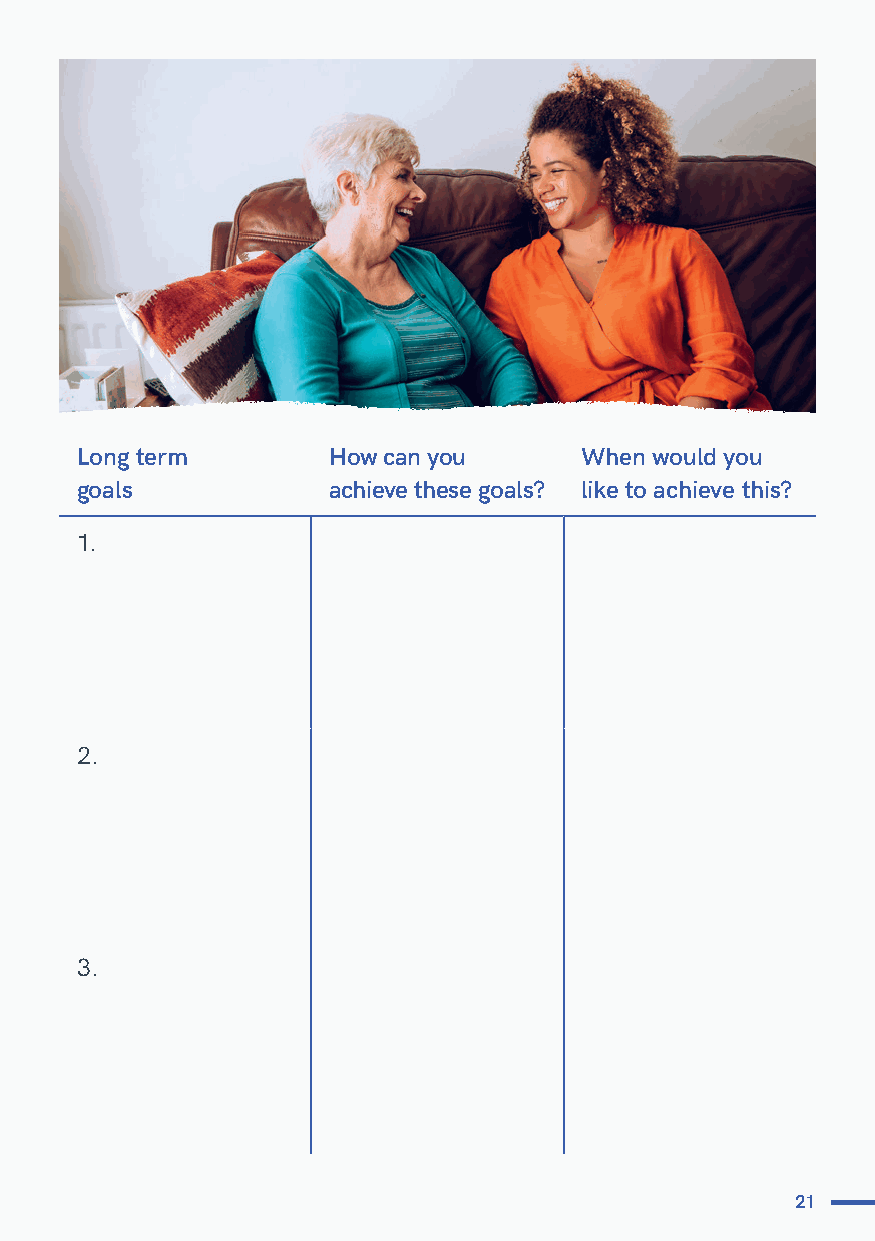
Long term        How can you     When would you
 goals            achieve these goals? like to achieve this?
 1.
 2.
 3.
 21